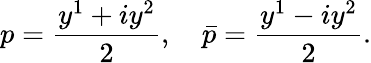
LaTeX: p=\frac{y^{1}+iy^{2}}{2},\quad\bar{p}=\frac{y^{1}-iy^{2}}{2}.